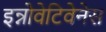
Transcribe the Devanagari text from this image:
इन्नोवेटिवेनेस